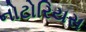
નોટોરિયસ